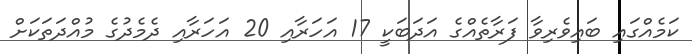
ކަމެއްގައި ބައިވެރިވާ ފަރާތެއްގެ އަދަބަކީ 17 އަހަރާއި 20 އަހަރާއި ދެމެދުގެ މުއްދަތަކަށް